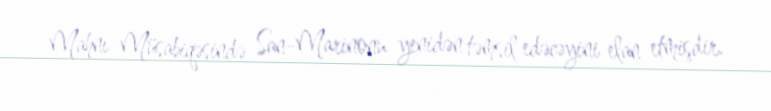
Mahnı Müsabiqəsində San-Marinonu yenidən təmsil edəcəyini elan etmişdir.